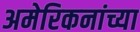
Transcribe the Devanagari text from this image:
अमेरिकनांच्या